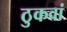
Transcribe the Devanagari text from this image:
ठुकवां